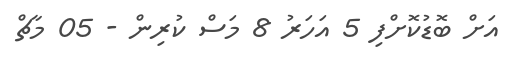
އަށް ބޮޑުކޮށްފި 5 އަހަރު 8 މަސް ކުރިން - 05 މާޗް